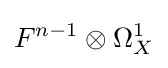
F^{n-1}\otimes \Omega _{X}^{1}